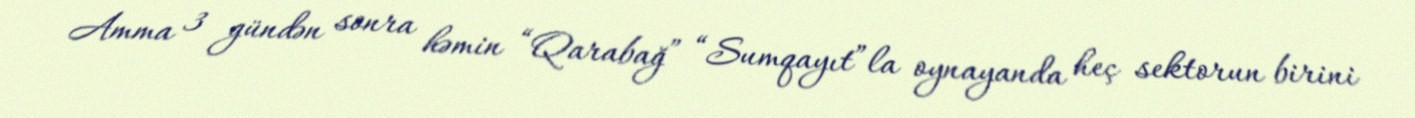
Amma 3 gündən sonra həmin “Qarabağ” “Sumqayıt”la oynayanda heç sektorun birini